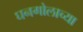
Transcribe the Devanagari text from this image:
घनगोलाच्या